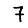
Digit: 7